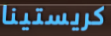
كريستينا